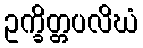
ဥက္ခိတ္တပလိဃံ